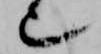
也